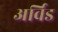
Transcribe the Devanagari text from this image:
अर्विड